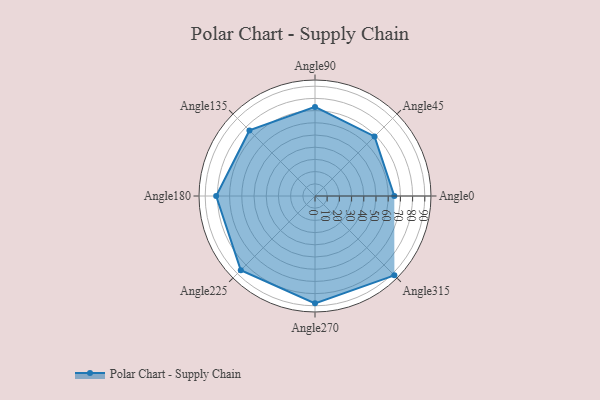
{"axis": {"x": "Angle", "y": "Radius"}, "legend": [""], "data": [{"x": "Angle0", "y": 65.0, "type": ""}, {"x": "Angle45", "y": 69.0, "type": ""}, {"x": "Angle90", "y": 73.0, "type": ""}, {"x": "Angle135", "y": 76.0, "type": ""}, {"x": "Angle180", "y": 81.0, "type": ""}, {"x": "Angle225", "y": 86.0, "type": ""}, {"x": "Angle270", "y": 88.0, "type": ""}, {"x": "Angle315", "y": 92.0, "type": ""}]}